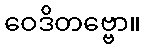
ဝေဒိတဗ္ဗော။